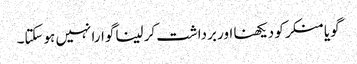
گویا منکر کو دیکھنا اور برداشت کر لینا گوارا نہیں ہوسکتا۔